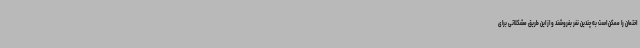
اختمان را ممکن است به چندین نفر بفروشند و از این طریق مشکلاتی برای